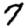
Digit: 7